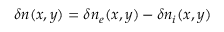
\delta n ( x , y ) = \delta n _ { e } ( x , y ) - \delta n _ { i } ( x , y )